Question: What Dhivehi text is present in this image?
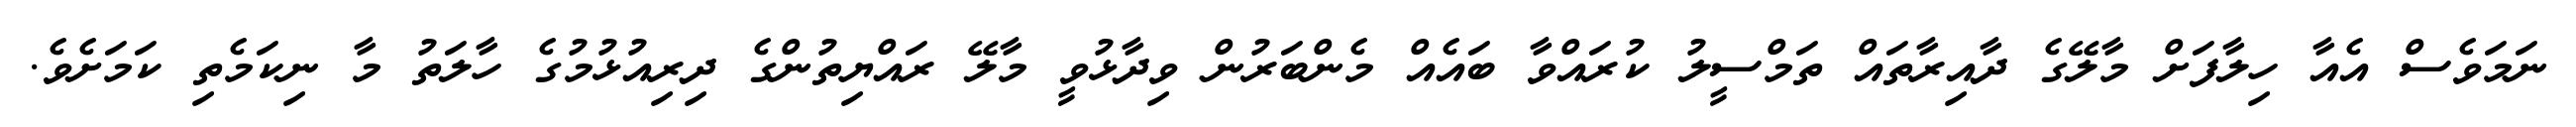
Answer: ނަމަވެސް އެއާ ހިލާފަށް މާލޭގެ ދާއިރާތައް ތަމްސީލު ކުރައްވާ ބައެއް މެންބަރުން ވިދާޅުވީ މާލޭ ރައްޔިތުންގެ ދިރިއުޅުމުގެ ހާލަތު މާ ނިކަމެތި ކަމަށެވެ.